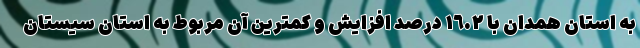
به استان همدان با ١٦.٢ درصد افزایش و کمترین آن مربوط به استان سیستان